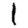
Digit: 1